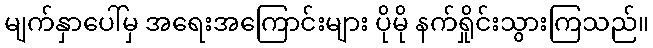
မျက်နှာပေါ်မှ အရေးအကြောင်းများ ပိုမို နက်ရှိုင်းသွားကြသည်။